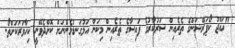
"ހައްޖު ކޯޕަރޭޝަންގެ ތެރެއިން ސަރުކާރުގެ ފައިސާގެ ތެރެއިން މިކަން އަޅުގަނޑުމެންނަށް ކޮށްދެވޭނީ ކިހާވަރަކަށްތޯ.